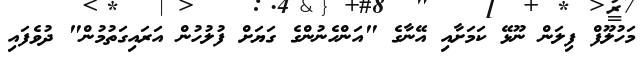
މަހުލޫފް ފިލަން ނޫޅޭ ކަމަށާއި އޭނާގެ "އަންހެނުންގެ ގަޔަށް ފުލުހުން އަރައިގަތުމުން" ދުވެފައި